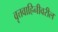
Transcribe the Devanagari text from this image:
वृत्तवाहिनीवरील